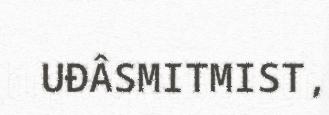
UĐÂSMITMIST,